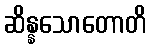
ဆိန္နသောတောတိ